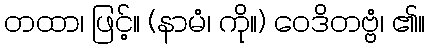
တထာ၊ ဖြင့်။ (နာမံ၊ ကို။) ဝေဒိတဗ္ဗံ၊ ၏။